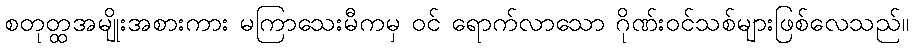
စတုတ္ထအမျိုးအစားကား မကြာသေးမီကမှ ဝင် ရောက်လာသော ဂိုဏ်းဝင်သစ်များဖြစ်လေသည်။